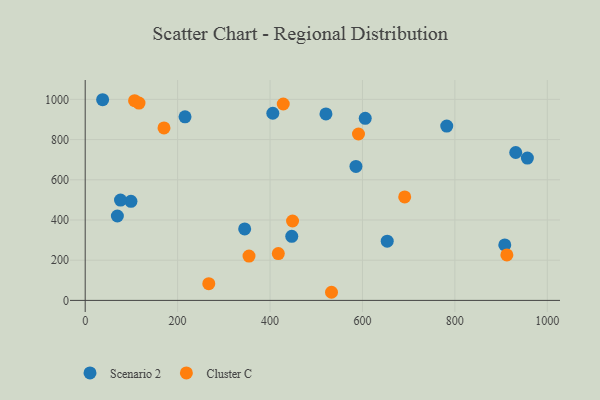
{"axis": {"x": "Study Hours", "y": "Sales"}, "legend": ["Cluster C", "Scenario 2"], "data": [{"x": "585.9", "y": 666.4, "type": "Scenario 2"}, {"x": "606.0", "y": 905.6, "type": "Scenario 2"}, {"x": "406.0", "y": 930.9, "type": "Scenario 2"}, {"x": "782.4", "y": 867.1, "type": "Scenario 2"}, {"x": "37.7", "y": 998.3, "type": "Scenario 2"}, {"x": "447.0", "y": 318.9, "type": "Scenario 2"}, {"x": "931.7", "y": 735.7, "type": "Scenario 2"}, {"x": "99.0", "y": 493.1, "type": "Scenario 2"}, {"x": "653.6", "y": 294.4, "type": "Scenario 2"}, {"x": "908.0", "y": 276.1, "type": "Scenario 2"}, {"x": "521.0", "y": 927.5, "type": "Scenario 2"}, {"x": "76.4", "y": 499.3, "type": "Scenario 2"}, {"x": "345.1", "y": 355.5, "type": "Scenario 2"}, {"x": "956.9", "y": 708.0, "type": "Scenario 2"}, {"x": "216.0", "y": 913.0, "type": "Scenario 2"}, {"x": "69.6", "y": 419.8, "type": "Scenario 2"}, {"x": "116.4", "y": 981.7, "type": "Cluster C"}, {"x": "591.4", "y": 827.8, "type": "Cluster C"}, {"x": "428.6", "y": 977.1, "type": "Cluster C"}, {"x": "170.5", "y": 858.0, "type": "Cluster C"}, {"x": "417.9", "y": 232.9, "type": "Cluster C"}, {"x": "448.7", "y": 395.1, "type": "Cluster C"}, {"x": "691.4", "y": 514.9, "type": "Cluster C"}, {"x": "267.4", "y": 83.2, "type": "Cluster C"}, {"x": "106.9", "y": 993.8, "type": "Cluster C"}, {"x": "912.5", "y": 226.4, "type": "Cluster C"}, {"x": "354.5", "y": 220.5, "type": "Cluster C"}, {"x": "533.0", "y": 40.4, "type": "Cluster C"}]}